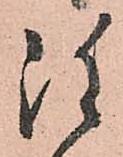
雖